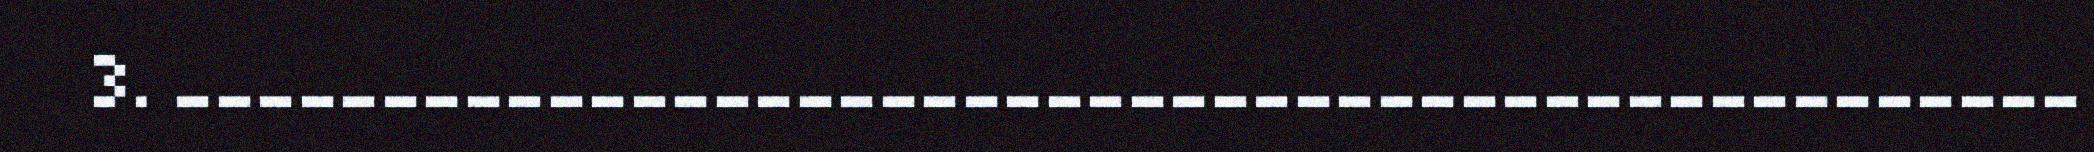
3. ______________________________________________